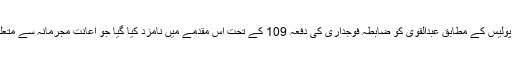
مقامی پولیس کے مطابق عبدالقوی کو ضابطہ فوجداری کی دفعہ 109 کے تحت اس مقدمے میں نامزد کیا گیا جو اعانت مجرمانہ سے متعلق ہے۔